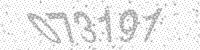
Solution: 073191